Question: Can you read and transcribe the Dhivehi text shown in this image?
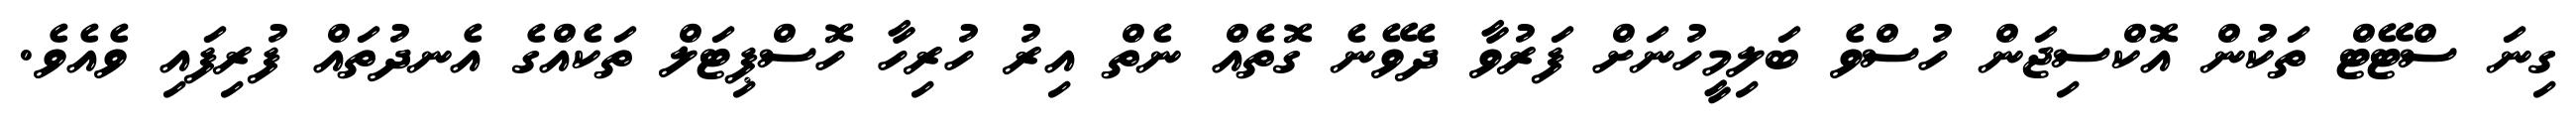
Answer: ގިނަ ސްޓޭޓް ތަކުން އޮކްސިޖަން ހުސްވެ ބަލިމީހުނަށް ފަރުވާ ދެވޭނެ ގޮތެއް ނެތް އިރު ހުރިހާ ހޮސްޕިޓަލް ތަކެއްގެ އެނދުތައް ފުރިފައި ވެއެވެ.